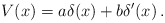
\begin{align*}V(x)=a\delta(x)+b\delta'(x)\,.\end{align*}